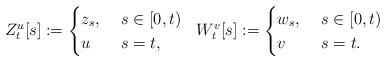
LaTeX: \begin{align*}Z_t^{u}[s] := \begin{cases} z_s, & ~ s \in [0,t) \\ u & ~ s = t, \end{cases}~~ W_t^{v}[s] := \begin{cases} w_s, & ~ s \in [0,t) \\ v & ~ s = t. \end{cases}\end{align*}